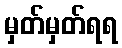
မှတ်မှတ်ရရ